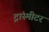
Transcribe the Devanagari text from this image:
ट्रांस्मीटर